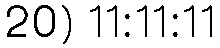
20) 11:11:11